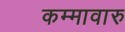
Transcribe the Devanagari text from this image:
कम्मावारु